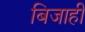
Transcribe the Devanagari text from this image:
बिजाही